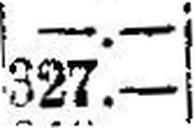
327.—